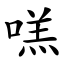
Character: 㗝